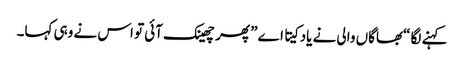
کہنے لگا “بھاگاں والی نے یاد کیتا اے” پھر چھینک آئی تو اس نے وہی کہا۔